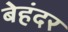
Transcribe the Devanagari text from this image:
बेहंदर